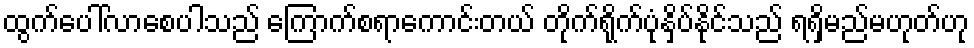
ထွက်ပေါ်လာစေပါသည် ကြောက်စရာကောင်းတယ် တိုက်ရိုက်ပုံနှိပ်နိုင်သည် ရရှိမည်မဟုတ်ဟု